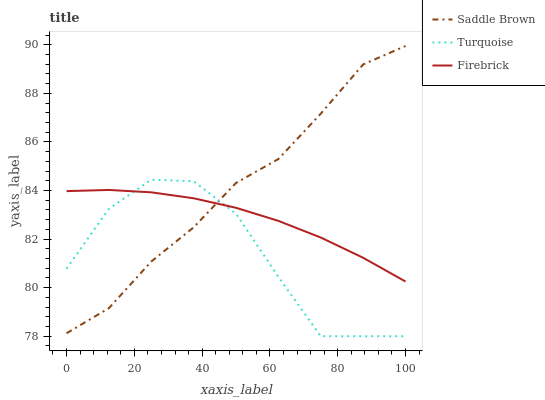
| xaxis_label | Saddle Brown | Turquoise | Firebrick |
 | --- | --- | --- | --- |
 | 0 | 78.1 | 80.8 | 84 |
 | 12.5 | 79.2 | 83.2 | 84 |
 | 25 | 81.1 | 84.4 | 83.9 |
 | 37.5 | 82.5 | 84.4 | 83.7 |
 | 50 | 84.3 | 83 | 83.3 |
 | 62.5 | 85.3 | 80.4 | 82.7 |
 | 75 | 87.2 | 78 | 82.1 |
 | 87.5 | 89.2 | 78 | 81.2 |
 | 100 | 89.9 | 78 | 80.3 |